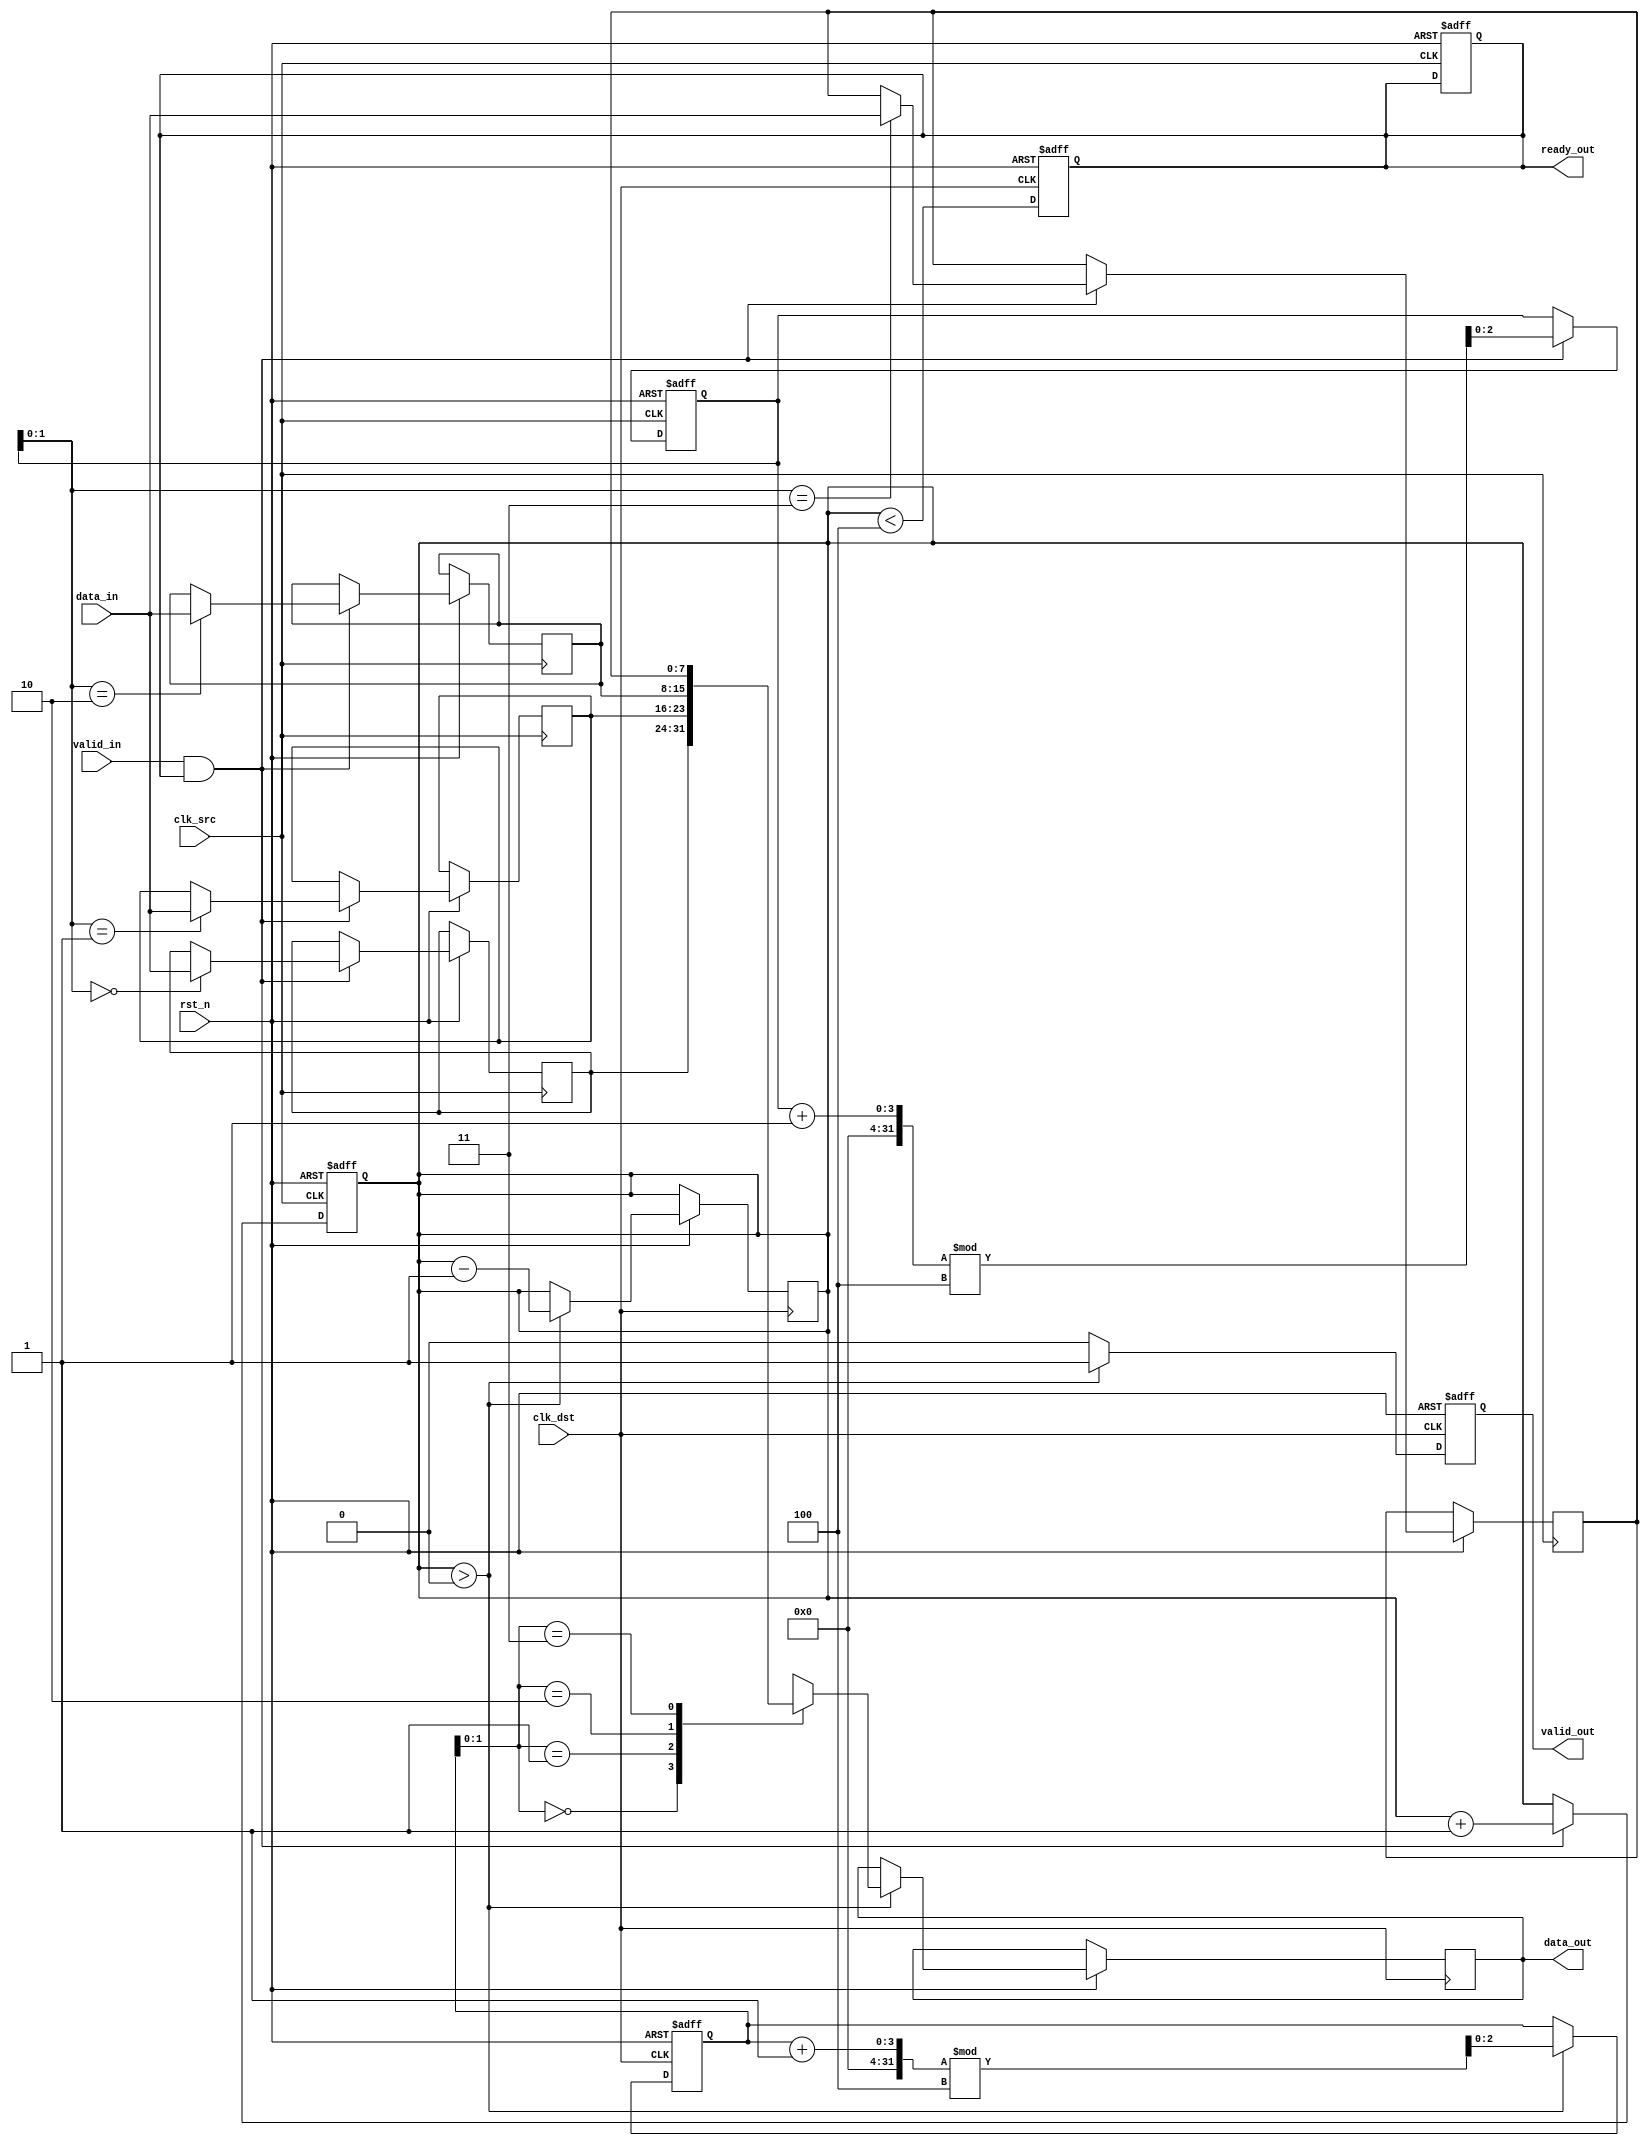
module memory_blocks_pipeline_synchronizer #(
    parameter DATA_WIDTH = 8, // Width of the data
    parameter FIFO_DEPTH = 4   // Depth of the FIFO buffer
)(
    input wire clk_src,         // Source clock
    input wire clk_dst,         // Destination clock
    input wire rst_n,           // Asynchronous reset (active low)
    input wire [DATA_WIDTH-1:0] data_in, // Data input from source clock domain
    input wire valid_in,        // Valid signal for input data
    output reg ready_out,       // Ready signal for destination clock domain
    output reg [DATA_WIDTH-1:0] data_out, // Synchronized data output
    output reg valid_out        // Valid signal for output data
);

    // FIFO buffer implementation
    reg [DATA_WIDTH-1:0] fifo_buffer [0:FIFO_DEPTH-1];
    reg [2:0] write_ptr; // Write pointer for FIFO
    reg [2:0] read_ptr;  // Read pointer for FIFO
    reg [3:0] fifo_count; // Count of valid entries in FIFO

    // Synchronization registers
    reg [DATA_WIDTH-1:0] sync_data;
    reg sync_valid;
    reg sync_valid_d1;

    // Asynchronous reset logic
    always @(posedge clk_src or negedge rst_n) begin
        if (!rst_n) begin
            write_ptr <= 0;
            fifo_count <= 0;
            ready_out <= 1; // Initially ready to accept data
        end else if (valid_in && ready_out) begin
            fifo_buffer[write_ptr] <= data_in; // Write data to FIFO
            write_ptr <= (write_ptr + 1) % FIFO_DEPTH; // Circular buffer
            fifo_count <= fifo_count + 1; // Increment count
        end
    end

    // Handshaking and synchronization logic
    always @(posedge clk_dst or negedge rst_n) begin
        if (!rst_n) begin
            read_ptr <= 0;
            valid_out <= 0;
            ready_out <= 1; // Ready to accept data
            sync_valid <= 0;
            sync_valid_d1 <= 0;
        end else begin
            // Synchronize valid signal
            sync_valid <= valid_out;
            sync_valid_d1 <= sync_valid;

            // Check if there is data to read from FIFO
            if (fifo_count > 0) begin
                data_out <= fifo_buffer[read_ptr]; // Read data from FIFO
                valid_out <= 1; // Indicate data is valid
                read_ptr <= (read_ptr + 1) % FIFO_DEPTH; // Circular buffer
                fifo_count <= fifo_count - 1; // Decrement count
            end else begin
                valid_out <= 0; // No valid data
            end

            // Update ready signal based on FIFO count
            ready_out <= (fifo_count < FIFO_DEPTH);
        end
    end

endmodule